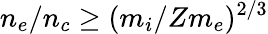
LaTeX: n_{e}/n_{c}\geq(m_{i}/Zm_{e})^{2/3}